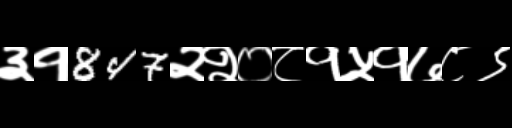
Text: ३१847२२०८१५१७८९